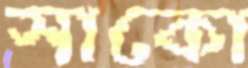
সাকো